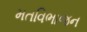
મતવિભાજન